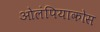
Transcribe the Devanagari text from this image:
ओलंपियाकोस